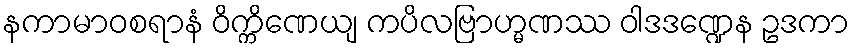
နကာမာဝစရာနံ ဝိက္ကိဏေယျ ကပိလဗြာဟ္မဏဿ ဝါဒဒဏ္ဍေန ဥဒကာ